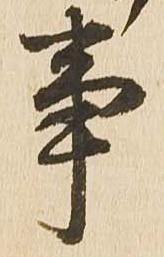
事